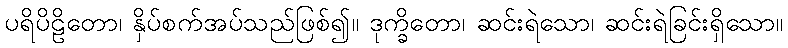
ပရိပိဠိတော၊ နှိပ်စက်အပ်သည်ဖြစ်၍။ ဒုက္ခိတော၊ ဆင်းရဲသော၊ ဆင်းရဲခြင်းရှိသော။